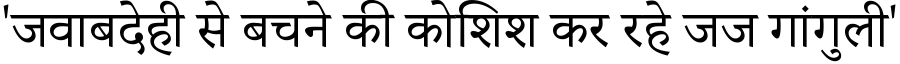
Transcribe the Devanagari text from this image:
'जवाबदेही से बचने की कोशिश कर रहे जज गांगुली'